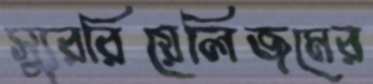
স্যুররিয়েলিজমের